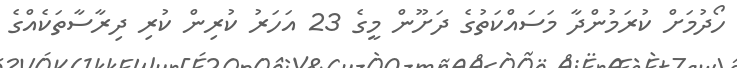
ހޯދުމަށް ކުރަމުންދާ މަސައްކަތުގެ ދަށޫން މީގެ 23 އަހަރު ކުރިން ކުރި ދިރާސާތަކެއްގެ